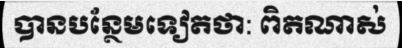
បានបន្ថែមទៀតថា: ពិតណាស់